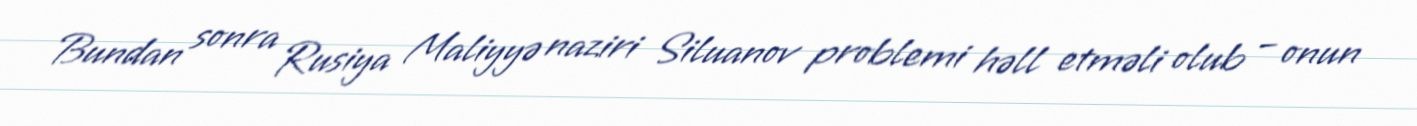
Bundan sonra Rusiya Maliyyə naziri Siluanov problemi həll etməli olub – onun